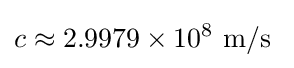
c\approx 2.9979\times 10^{8}{\text{ m/s}}~